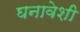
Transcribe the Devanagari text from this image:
घनावेशी